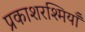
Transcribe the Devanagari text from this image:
प्रकाशरश्मियाँ